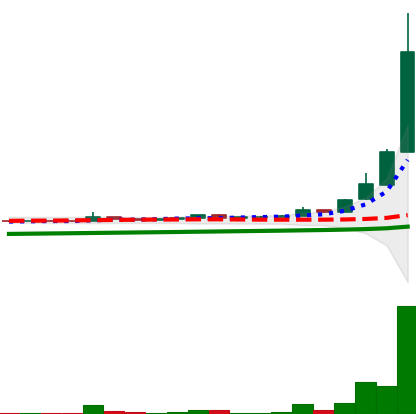
Ticker: DOGE-USD
Chart end date: 2021-04-16
Forward return: -16.111%
Label: down_7plus